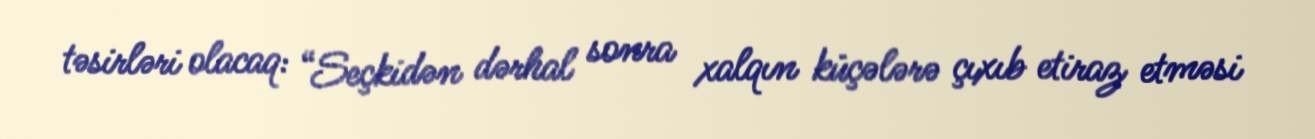
təsirləri olacaq: “Seçkidən dərhal sonra xalqın küçələrə çıxıb etiraz etməsi